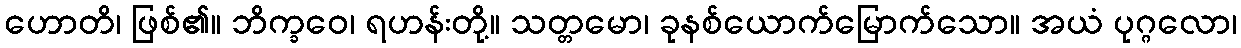
ဟောတိ၊ ဖြစ်၏။ ဘိက္ခဝေ၊ ရဟန်းတို့။ သတ္တမော၊ ခုနစ်ယောက်မြောက်သော။ အယံ ပုဂ္ဂလော၊